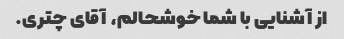
از آشنایی با شما خوشحالم، آقای چتری.